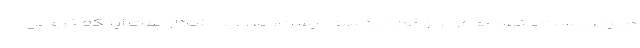
محیط زیست و نهادهای مربوطه در دست نیست، اما آنچه آشکار است اینکه خروجی